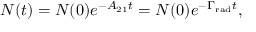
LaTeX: N ( t ) = N ( 0 ) e ^ { - A _ { 2 1 } t } = N ( 0 ) e ^ { - \Gamma _ { \mathrm { r a d } } t } ,